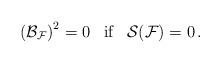
LaTeX: \begin{align*}\left({\cal B}_{{\cal F}}\right)^2 = 0\;\;\;{\mbox{if}}\;\;\; {\cal S}({\cal F})=0\,. \end{align*}